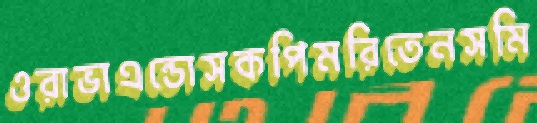
ওরাভাএন্ডোসকপিমরিতেনসমি